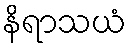
နိရာသယံ